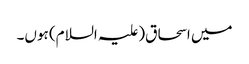
میں اسحاق(علیہ السلام) ہوں۔